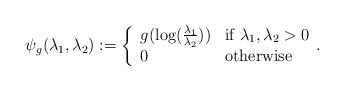
\begin{align*}\psi_g(\lambda_{1},\lambda_{2}):= \left\{\begin{array}{ll}g(\log(\frac{\lambda_{1}}{\lambda_{2}}))&\textrm{if }\lambda_{1},\lambda_{2}>0\\0&\textrm{otherwise}\end{array}.\right.\end{align*}